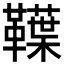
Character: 𩍣